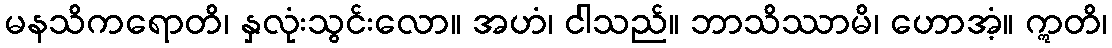
မနသိကရောတိ၊ နှလုံးသွင်းလော။ အဟံ၊ ငါသည်။ ဘာသိဿာမိ၊ ဟောအံ့။ ဣတိ၊